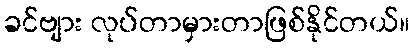
ခင်ဗျား လုပ်တာမှားတာဖြစ်နိုင်တယ်။